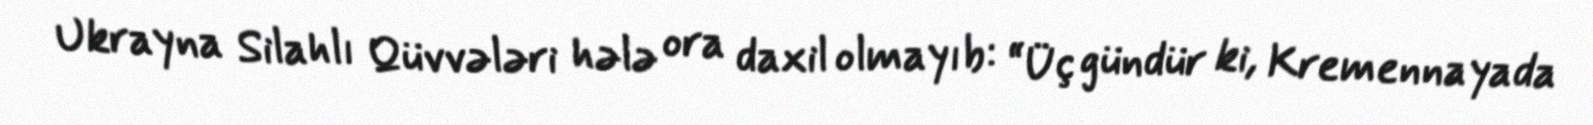
Ukrayna Silahlı Qüvvələri hələ ora daxil olmayıb: “Üç gündür ki, Kremennayada